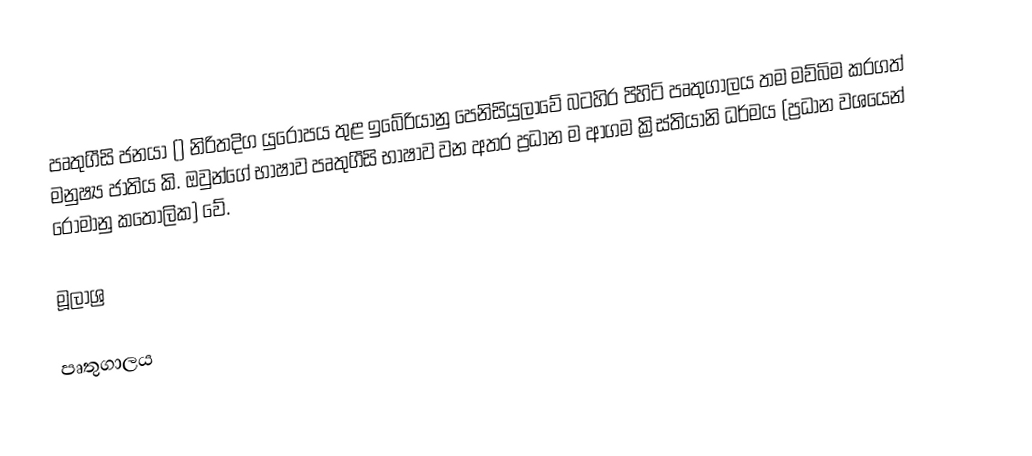
පෘතුගීසි ජනයා () නිරිතදිග යුරෝපය තුළ ඉබේරියානු පෙනිසියුලාවේ බටහිර පිහිටි පෘතුගාලය තම මව්බිම කරගත් මනුෂ්‍ය ජාතිය කි. ඔවුන්ගේ භාෂාව පෘතුගීසි භාෂාව වන අතර ප්‍රධාන ම ආගම ක්‍රිස්තියානි ධර්මය (ප්‍රධාන වශයෙන් රෝමානු කතෝලික) වේ.

මූලාශ්‍ර

පෘතුගාලය